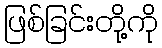
ဖြစ်ခြင်းတို့ကို